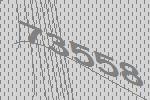
73558